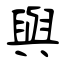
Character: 與